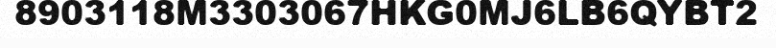
8903118M3303067HKG0MJ6LB6QYBT2